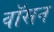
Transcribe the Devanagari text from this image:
वॉसन